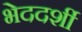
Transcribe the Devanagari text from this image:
भेददर्शी